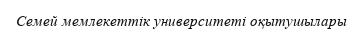
Семей мемлекеттік университеті оқытушылары